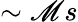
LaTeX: \sim\mathscr{M}s